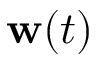
\mathbf { w } ( t )